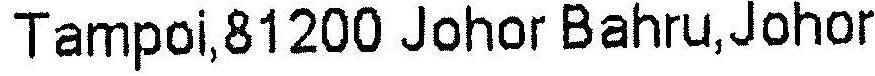
TAMPOI,81200 JOHOR BAHRU,JOHOR